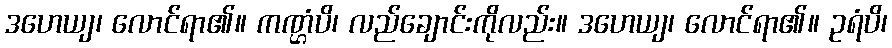
ဒဟေယျ၊ လောင်ရာ၏။ ကဏ္ဌံပိ၊ လည်ချောင်းကိုလည်း။ ဒဟေယျ၊ လောင်ရာ၏။ ဥရံပိ၊